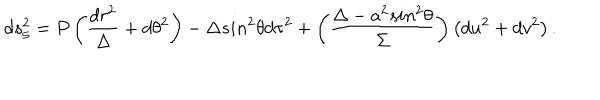
LaTeX: d s _ { 5 } ^ { 2 } = P \left( \frac { d r ^ { 2 } } { \Delta } + d \theta ^ { 2 } \right) - \Delta s i n ^ { 2 } \theta d \tau ^ { 2 } + \left( \frac { \Delta - a ^ { 2 } s i n ^ { 2 } \theta } { \Sigma } \right) \left( d u ^ { 2 } + d v ^ { 2 } \right) .